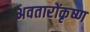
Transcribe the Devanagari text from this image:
अवतारोंकृष्ण